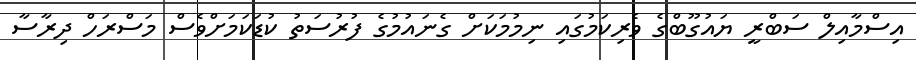
އިސްމާއިލް ސަބްރީ ޔައުގޫބްގެ ވެރިކަމުގައި ނިމުމަކަށް ގެނައުމުގެ ފުރުސަތު ކުޑަކަމަށްވެސް މަސްރަހް ދިރާސާ